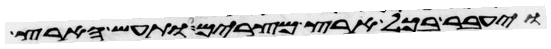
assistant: ויעבר בכל ארץ מצרים ותעש הארץ